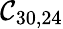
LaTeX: \mathcal{C}_{30,24}